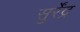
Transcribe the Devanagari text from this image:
सुर्रेंद्र